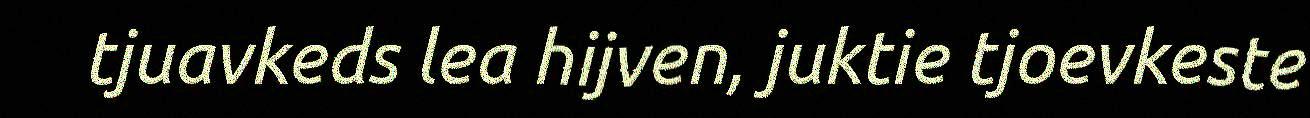
tjuavkeds lea hijven, juktie tjoevkeste